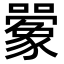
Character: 𫬰